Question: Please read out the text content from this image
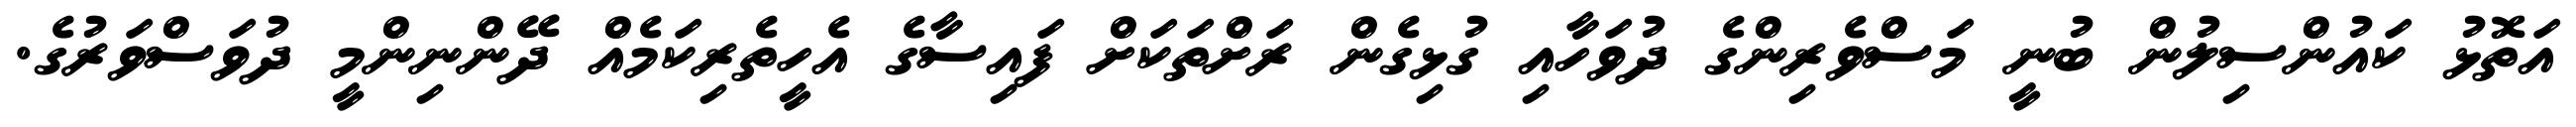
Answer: އަތޮޅު ކައުންސިލުން ބުނީ މަސްވެރިންގެ ދުވަހާއި ގުޅިގެން ރަށްތަކަށް ފައިސާގެ އެހީތެރިކަމެއް ދޭންނިންމީ ދުވަސްވަރުގެ.